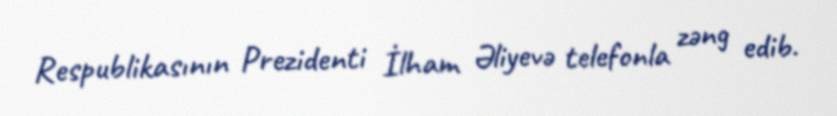
Respublikasının Prezidenti İlham Əliyevə telefonla zəng edib.